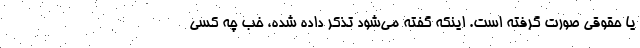
یا حقوقی صورت گرفته است. اینکه گفته می‌شود تذکر داده شده، خب چه کسی